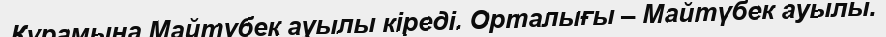
Құрамына Майтүбек ауылы кіреді. Орталығы – Майтүбек ауылы.